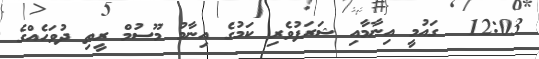
12:03  ގައުމީ އިނާމާއި ޝަރަފުވެރި ކަމުގެ އިނާމު މޫސުމް ރީތި ދުވަހެއްގެ